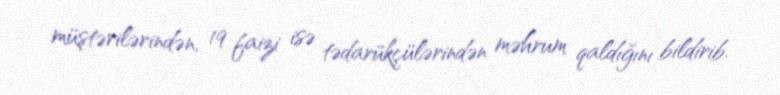
müştərilərindən, 19 faizi isə tədarükçülərindən məhrum qaldığını bildirib.